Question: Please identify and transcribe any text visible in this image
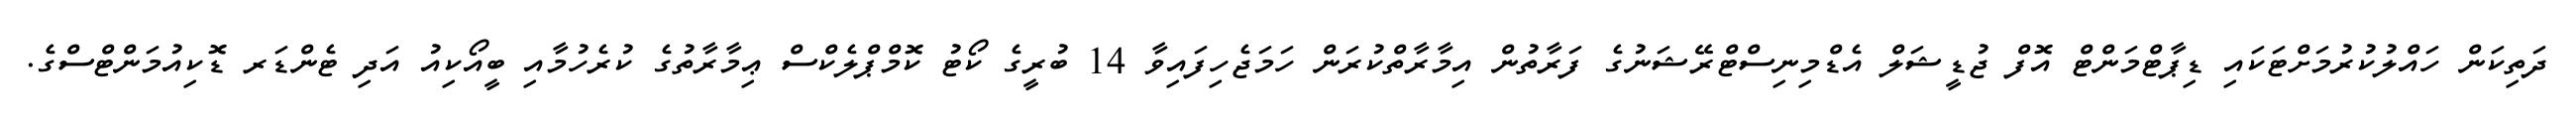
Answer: ދަތިކަން ހައްލުކުރުމަށްޓަކައި ޑިޕާޓްމަންޓް އޮފް ޖުޑީޝަލް އެޑްމިނިސްޓްރޭޝަނުގެ ފަރާތުން އިމާރާތްކުރަން ހަމަޖެހިފައިވާ 14 ބުރީގެ ކޯޓު ކޮމްޕްލެކްސް ޢިމާރާތުގެ ކުރެހުމާއި ބީއޯކިއު އަދި ޓެންޑަރ ޑޮކިއުމަންޓްސްގެ.